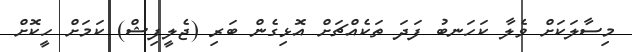
މިސާލަކަށް ވެލާ ކަހަނބު ފަދަ ތަކެއްޗަށް އޮޅިގެން ބަރި (ޖެލީފިޝް) ކަމަށް ހީކޮށް